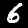
Digit: 6